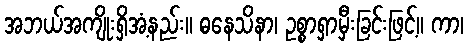
အဘယ်အကျိုးရှိအံ့နည်း။ ဓနေသိနာ၊ ဥစ္စာရှာမှီးခြင်းဖြင့်။ ကာ၊